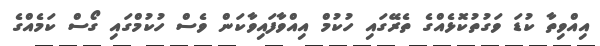
އިއްވިތާ ކުޑަ ވަގުތުކޮޅެއްގެ ތެރޭގައި ހުކުމް އިއްވާފައިވާކަން ވެސް ހުކުމްގައި ގޯސް ކަމެއްގެ